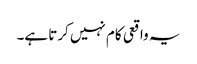
یہ واقعی کام نہیں کرتا ہے۔